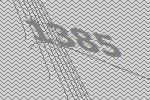
1385